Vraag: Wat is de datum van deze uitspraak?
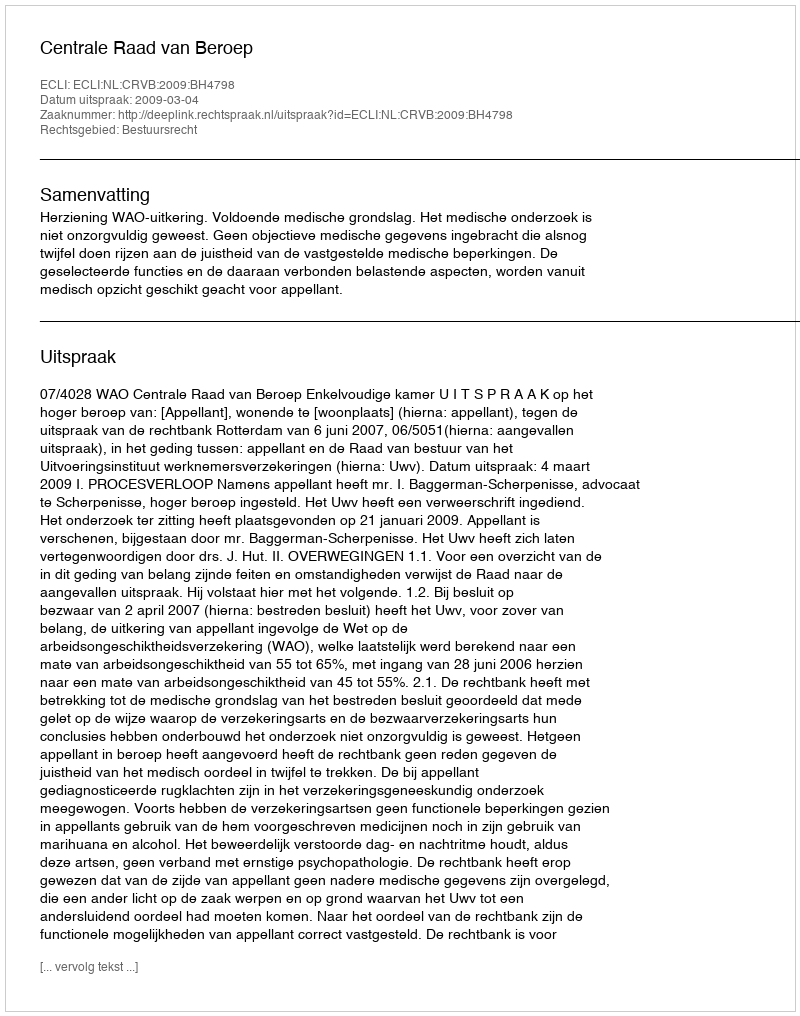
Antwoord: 2009-03-04